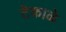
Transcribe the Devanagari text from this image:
टेकाळे